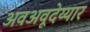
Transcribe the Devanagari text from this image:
अवअवूदेय्यार